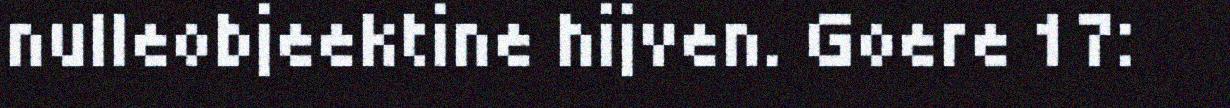
nulleobjeektine hijven. Goere 17: